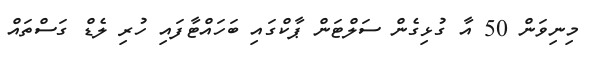
މިނިވަން 50 އާ ގުޅިގެން ސަލްޓަން ޕާކްގައި ބަހައްޓާފައި ހުރި ލެޑް ގަސްތައް